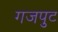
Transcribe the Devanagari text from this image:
गजपुट